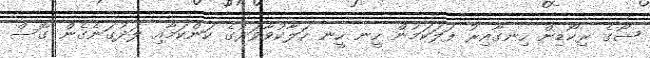
ޝޯގެ ރިކޯޑިން ހިނގާއިރު ފަލަކަމުން ހީނ ހީނ ހަލާކުވާވަރުގެ ކަންކަމާއި ލަދުގަނެގެން ގޮސް